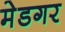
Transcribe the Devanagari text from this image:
मेडगर